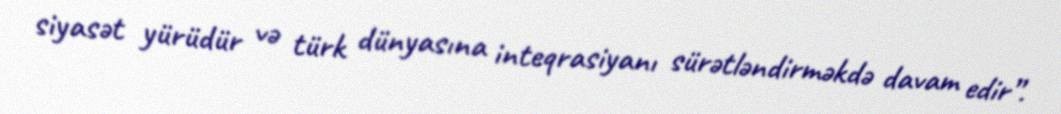
siyasət yürüdür və türk dünyasına inteqrasiyanı sürətləndirməkdə davam edir”.